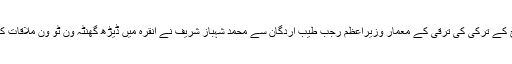
آج کے ترکی کی ترقی کے معمار وزیراعظم رجب طیب اردگان سے محمد شہباز شریف نے انقرہ میں ڈیڑھ گھنٹہ ون ٹو ون ملاقات کی۔